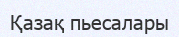
Қазақ пьесалары